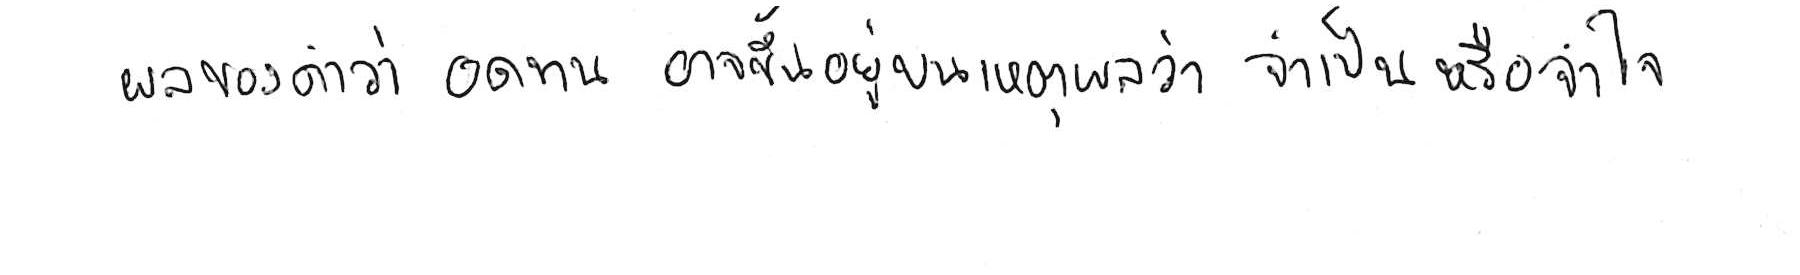
ผลของคำว่า อดทน อาจขึ้นอยู่บนเหตุผลว่า จำเป็น หรือ จำใจ